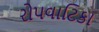
રોપવાટિકા